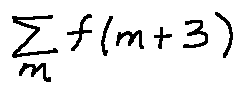
\sum \limits _ { m } f ( m + 3 )